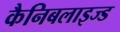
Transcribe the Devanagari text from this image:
कैनिबलाइज्ड